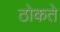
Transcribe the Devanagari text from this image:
ठोकते